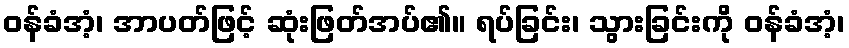
ဝန်ခံအံ့၊ အာပတ်ဖြင့် ဆုံးဖြတ်အပ်၏။ ရပ်ခြင်း၊ သွားခြင်းကို ဝန်ခံအံ့၊